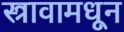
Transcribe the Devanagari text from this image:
स्त्रावामधून